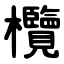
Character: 欖